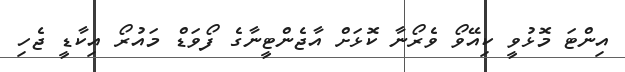
އިންޓަ މޮޅުވީ ކިއޭވޯ ވެރޯނާ ކޮޅަށް އާޖެންޓީނާގެ ފޯވަޑް މައުރޯ އިކާޑީ ޖެހި